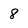
Character: 8